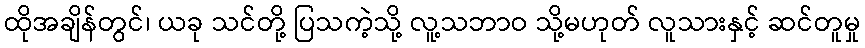
ထိုအချိန်တွင်၊ ယခု သင်တို့ ပြသကဲ့သို့ လူ့သဘာဝ သို့မဟုတ် လူသားနှင့် ဆင်တူမှု